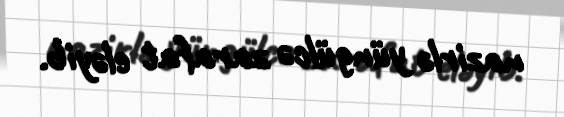
nazirlə yüngülcə zarafat eləyib.